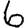
Digit: 6